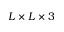
L \times L \times 3